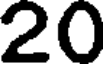
20